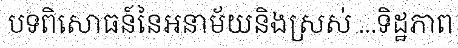
បទពិសោធន៍នៃអនាម័យនិងស្រស់ ...ទិដ្ឋភាព